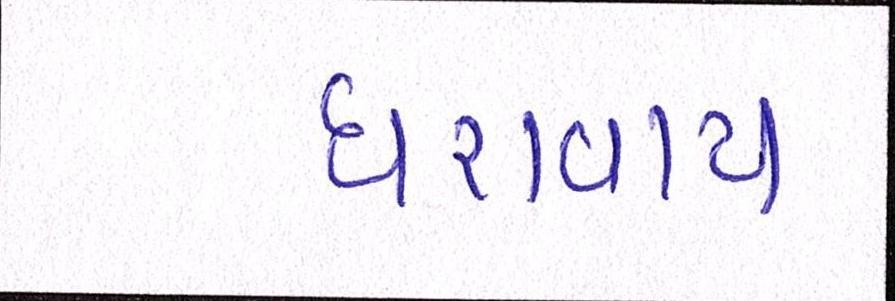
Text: ધરાવાય